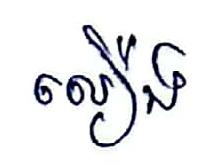
លឿង